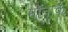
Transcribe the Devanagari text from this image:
मॉनार्क